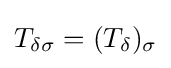
T_{\delta \sigma }=(T_{\delta })_{\sigma }